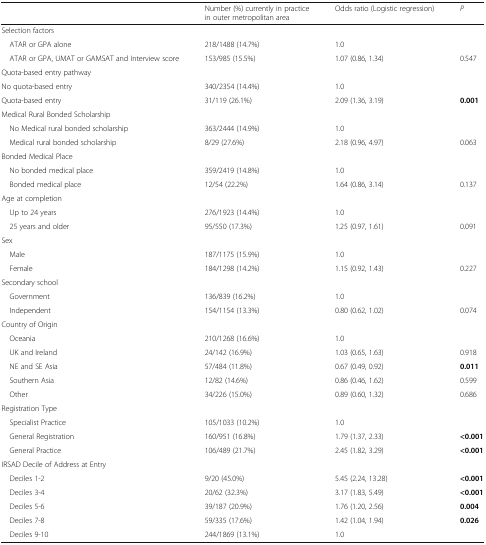
<table><thead><tr><td></td><td><b>Number (%) currently in practice in outer metropolitan area</b></td><td><b>Odds ratio (Logistic regression)</b></td><td><b><i>P</i></b></td></tr></thead><tbody><tr><td colspan="4">Selection factors</td></tr><tr><td> ATAR or GPA alone</td><td>218/1488 (14.7%)</td><td>1.0</td><td></td></tr><tr><td> ATAR or GPA, UMAT or GAMSAT and Interview score</td><td>153/985 (15.5%)</td><td>1.07 (0.86, 1.34)</td><td>0.547</td></tr><tr><td colspan="4">Quota-based entry pathway</td></tr><tr><td>No quota-based entry</td><td>340/2354 (14.4%)</td><td>1.0</td><td></td></tr><tr><td>Quota-based entry</td><td>31/119 (26.1%)</td><td>2.09 (1.36, 3.19)</td><td><b>0.001</b></td></tr><tr><td colspan="4">Medical Rural Bonded Scholarship</td></tr><tr><td> No Medical rural bonded scholarship</td><td>363/2444 (14.9%)</td><td>1.0</td><td></td></tr><tr><td> Medical rural bonded scholarship</td><td>8/29 (27.6%)</td><td>2.18 (0.96, 4.97)</td><td>0.063</td></tr><tr><td colspan="4">Bonded Medical Place</td></tr><tr><td> No bonded medical place</td><td>359/2419 (14.8%)</td><td>1.0</td><td></td></tr><tr><td> Bonded medical place</td><td>12/54 (22.2%)</td><td>1.64 (0.86, 3.14)</td><td>0.137</td></tr><tr><td colspan="4">Age at completion</td></tr><tr><td> Up to 24 years</td><td>276/1923 (14.4%)</td><td>1.0</td><td></td></tr><tr><td> 25 years and older</td><td>95/550 (17.3%)</td><td>1.25 (0.97, 1.61)</td><td>0.091</td></tr><tr><td colspan="4">Sex</td></tr><tr><td> Male</td><td>187/1175 (15.9%)</td><td>1.0</td><td></td></tr><tr><td> Female</td><td>184/1298 (14.2%)</td><td>1.15 (0.92, 1.43)</td><td>0.227</td></tr><tr><td colspan="4">Secondary school</td></tr><tr><td> Government</td><td>136/839 (16.2%)</td><td>1.0</td><td></td></tr><tr><td> Independent</td><td>154/1154 (13.3%)</td><td>0.80 (0.62, 1.02)</td><td>0.074</td></tr><tr><td colspan="4">Country of Origin</td></tr><tr><td> Oceania</td><td>210/1268 (16.6%)</td><td>1.0</td><td></td></tr><tr><td> UK and Ireland</td><td>24/142 (16.9%)</td><td>1.03 (0.65, 1.63)</td><td>0.918</td></tr><tr><td> NE and SE Asia</td><td>57/484 (11.8%)</td><td>0.67 (0.49, 0.92)</td><td><b>0.011</b></td></tr><tr><td> Southern Asia</td><td>12/82 (14.6%)</td><td>0.86 (0.46, 1.62)</td><td>0.599</td></tr><tr><td> Other</td><td>34/226 (15.0%)</td><td>0.89 (0.60, 1.32)</td><td>0.686</td></tr><tr><td colspan="4">Registration Type</td></tr><tr><td> Specialist Practice</td><td>105/1033 (10.2%)</td><td>1.0</td><td></td></tr><tr><td> General Registration</td><td>160/951 (16.8%)</td><td>1.79 (1.37, 2.33)</td><td><b>&lt;0.001</b></td></tr><tr><td> General Practice</td><td>106/489 (21.7%)</td><td>2.45 (1.82, 3.29)</td><td><b>&lt;0.001</b></td></tr><tr><td colspan="4">IRSAD Decile of Address at Entry</td></tr><tr><td> Deciles 1-2</td><td>9/20 (45.0%)</td><td>5.45 (2.24, 13.28)</td><td><b>&lt;0.001</b></td></tr><tr><td> Deciles 3-4</td><td>20/62 (32.3%)</td><td>3.17 (1.83, 5.49)</td><td><b>&lt;0.001</b></td></tr><tr><td> Deciles 5-6</td><td>39/187 (20.9%)</td><td>1.76 (1.20, 2.56)</td><td><b>0.004</b></td></tr><tr><td> Deciles 7-8</td><td>59/335 (17.6%)</td><td>1.42 (1.04, 1.94)</td><td><b>0.026</b></td></tr><tr><td> Deciles 9-10</td><td>244/1869 (13.1%)</td><td>1.0</td><td></td></tr></tbody></table>